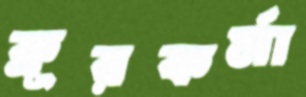
ক্রূরকর্মা